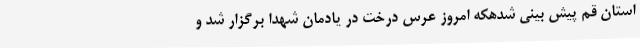
استان قم پیش بینی شدهکه امروز عرس درخت در یادمان شهدا برگزار شد و